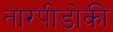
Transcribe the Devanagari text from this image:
तारपीडोकी